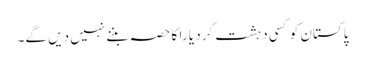
پاکستان کو کسی دہشت گرد یا را کا حصہ بننے نہیں دیں گے۔